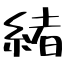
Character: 緒